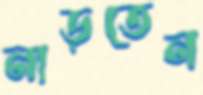
নাড়তেন